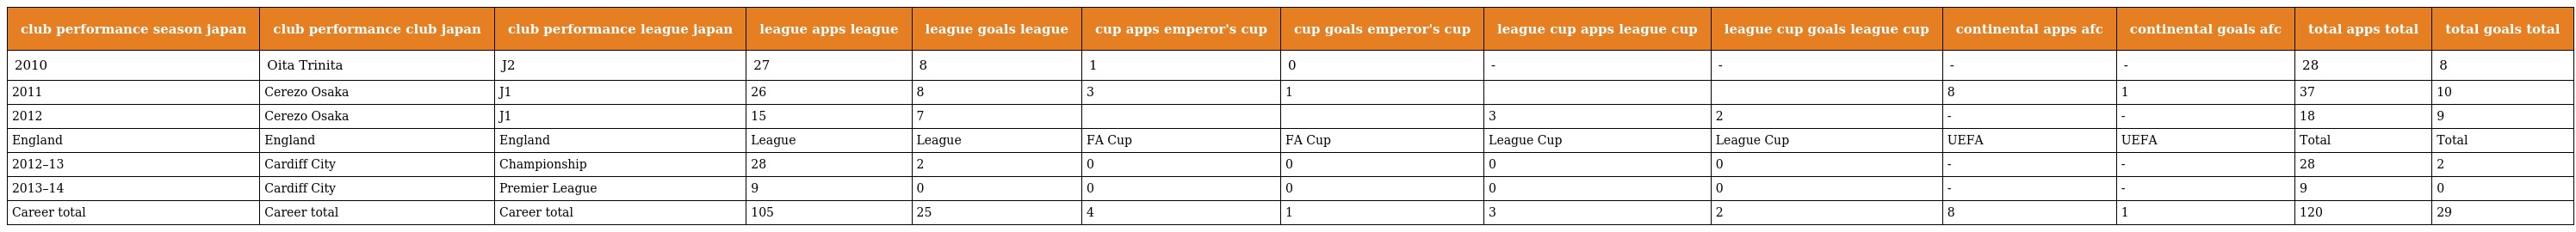
| club performance season japan | club performance club japan | club performance league japan | league apps league | league goals league | cup apps emperor's cup | cup goals emperor's cup | league cup apps league cup | league cup goals league cup | continental apps afc | continental goals afc | total apps total | total goals total |
 | --- | --- | --- | --- | --- | --- | --- | --- | --- | --- | --- | --- | --- |
 | 2010 | Oita Trinita | J2 | 27 | 8 | 1 | 0 | - | - | - | - | 28 | 8 |
 | 2011 | Cerezo Osaka | J1 | 26 | 8 | 3 | 1 |  |  | 8 | 1 | 37 | 10 |
 | 2012 | Cerezo Osaka | J1 | 15 | 7 |  |  | 3 | 2 | - | - | 18 | 9 |
 | England | England | England | League | League | FA Cup | FA Cup | League Cup | League Cup | UEFA | UEFA | Total | Total |
 | 2012–13 | Cardiff City | Championship | 28 | 2 | 0 | 0 | 0 | 0 | - | - | 28 | 2 |
 | 2013–14 | Cardiff City | Premier League | 9 | 0 | 0 | 0 | 0 | 0 | - | - | 9 | 0 |
 | Career total | Career total | Career total | 105 | 25 | 4 | 1 | 3 | 2 | 8 | 1 | 120 | 29 |